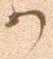
か